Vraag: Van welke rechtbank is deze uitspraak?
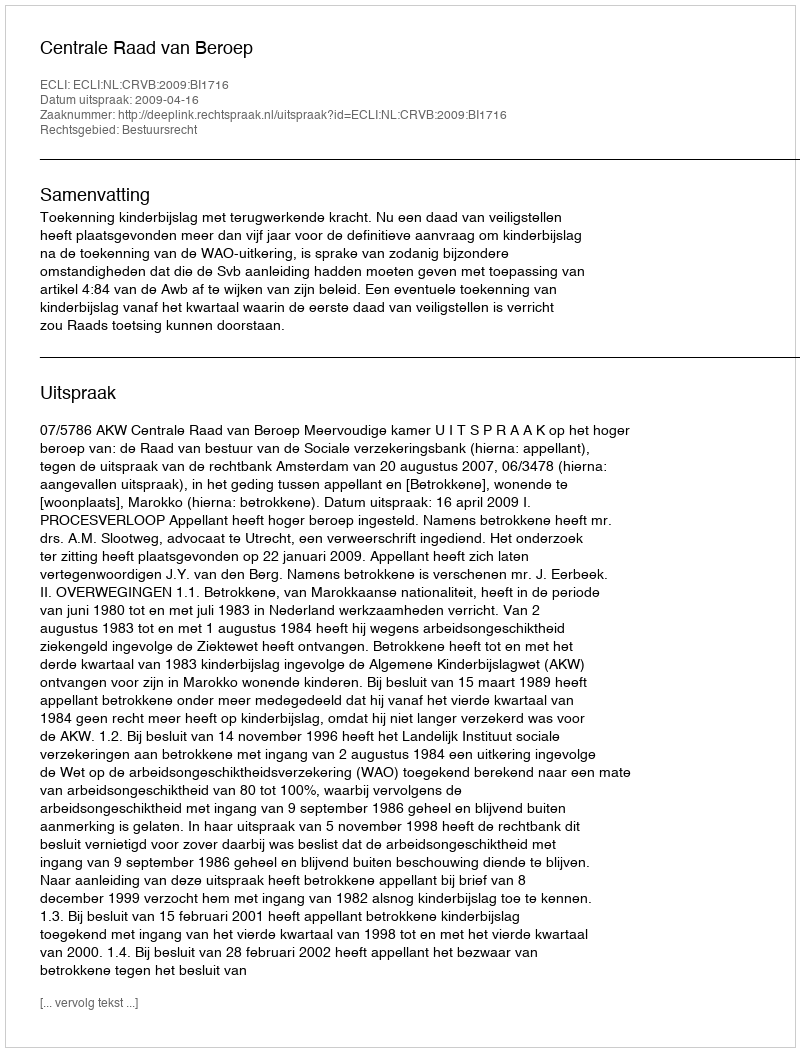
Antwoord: Centrale Raad van Beroep